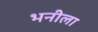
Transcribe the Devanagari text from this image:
भनीला